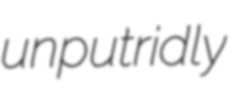
unputridly